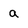
Character: a